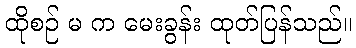
ထိုစဉ် မ က မေးခွန်း ထုတ်ပြန်သည်။